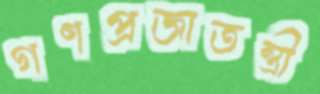
গণপ্রজাতন্ত্রী